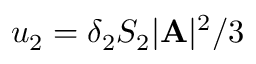
u _ { 2 } = \delta _ { 2 } S _ { 2 } | { \bf A } | ^ { 2 } / 3